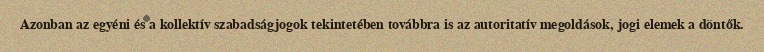
Azonban az egyéni és a kollektív szabadságjogok tekintetében továbbra is az autoritatív megoldások, jogi elemek a döntők.